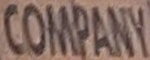
COMPANY